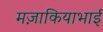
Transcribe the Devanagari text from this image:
मज़ाकियाभाई